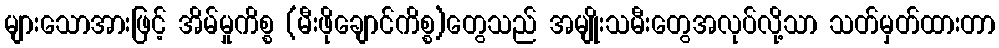
များသောအားဖြင့် အိမ်မှုကိစ္စ (မီးဖိုချောင်ကိစ္စ)တွေသည် အမျိုးသမီးတွေအလုပ်လို့သာ သတ်မှတ်ထားတာ